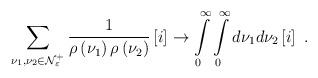
LaTeX: \begin{align*}\sum\limits_{\nu _{1},\nu _{2}\in {\cal N}_{\varepsilon }^{+}}\frac{1}{\rho\left( \nu _{1}\right) \rho \left( \nu _{2}\right) }\left[ {\Large i}\right]\rightarrow \int\limits_{0}^{\infty }\int\limits_{0}^{\infty }d\nu _{1}d\nu_{2}\left[ {\Large i}\right] \ . \end{align*}